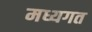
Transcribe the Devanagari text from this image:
मध्यगत